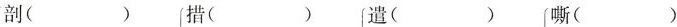
剖( )(措( )遣( )嘶( )